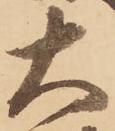
大